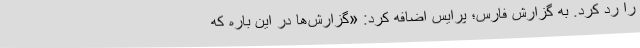
را رد کرد. به گزارش فارس؛ پرایس اضافه کرد: «گزارش‌ها در این باره که